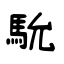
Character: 馻